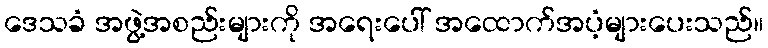
ဒေသခံ အဖွဲ့အစည်းများကို အရေးပေါ် အထောက်အပံ့များပေးသည်။